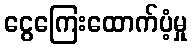
ငွေကြေးထောက်ပံ့မှု